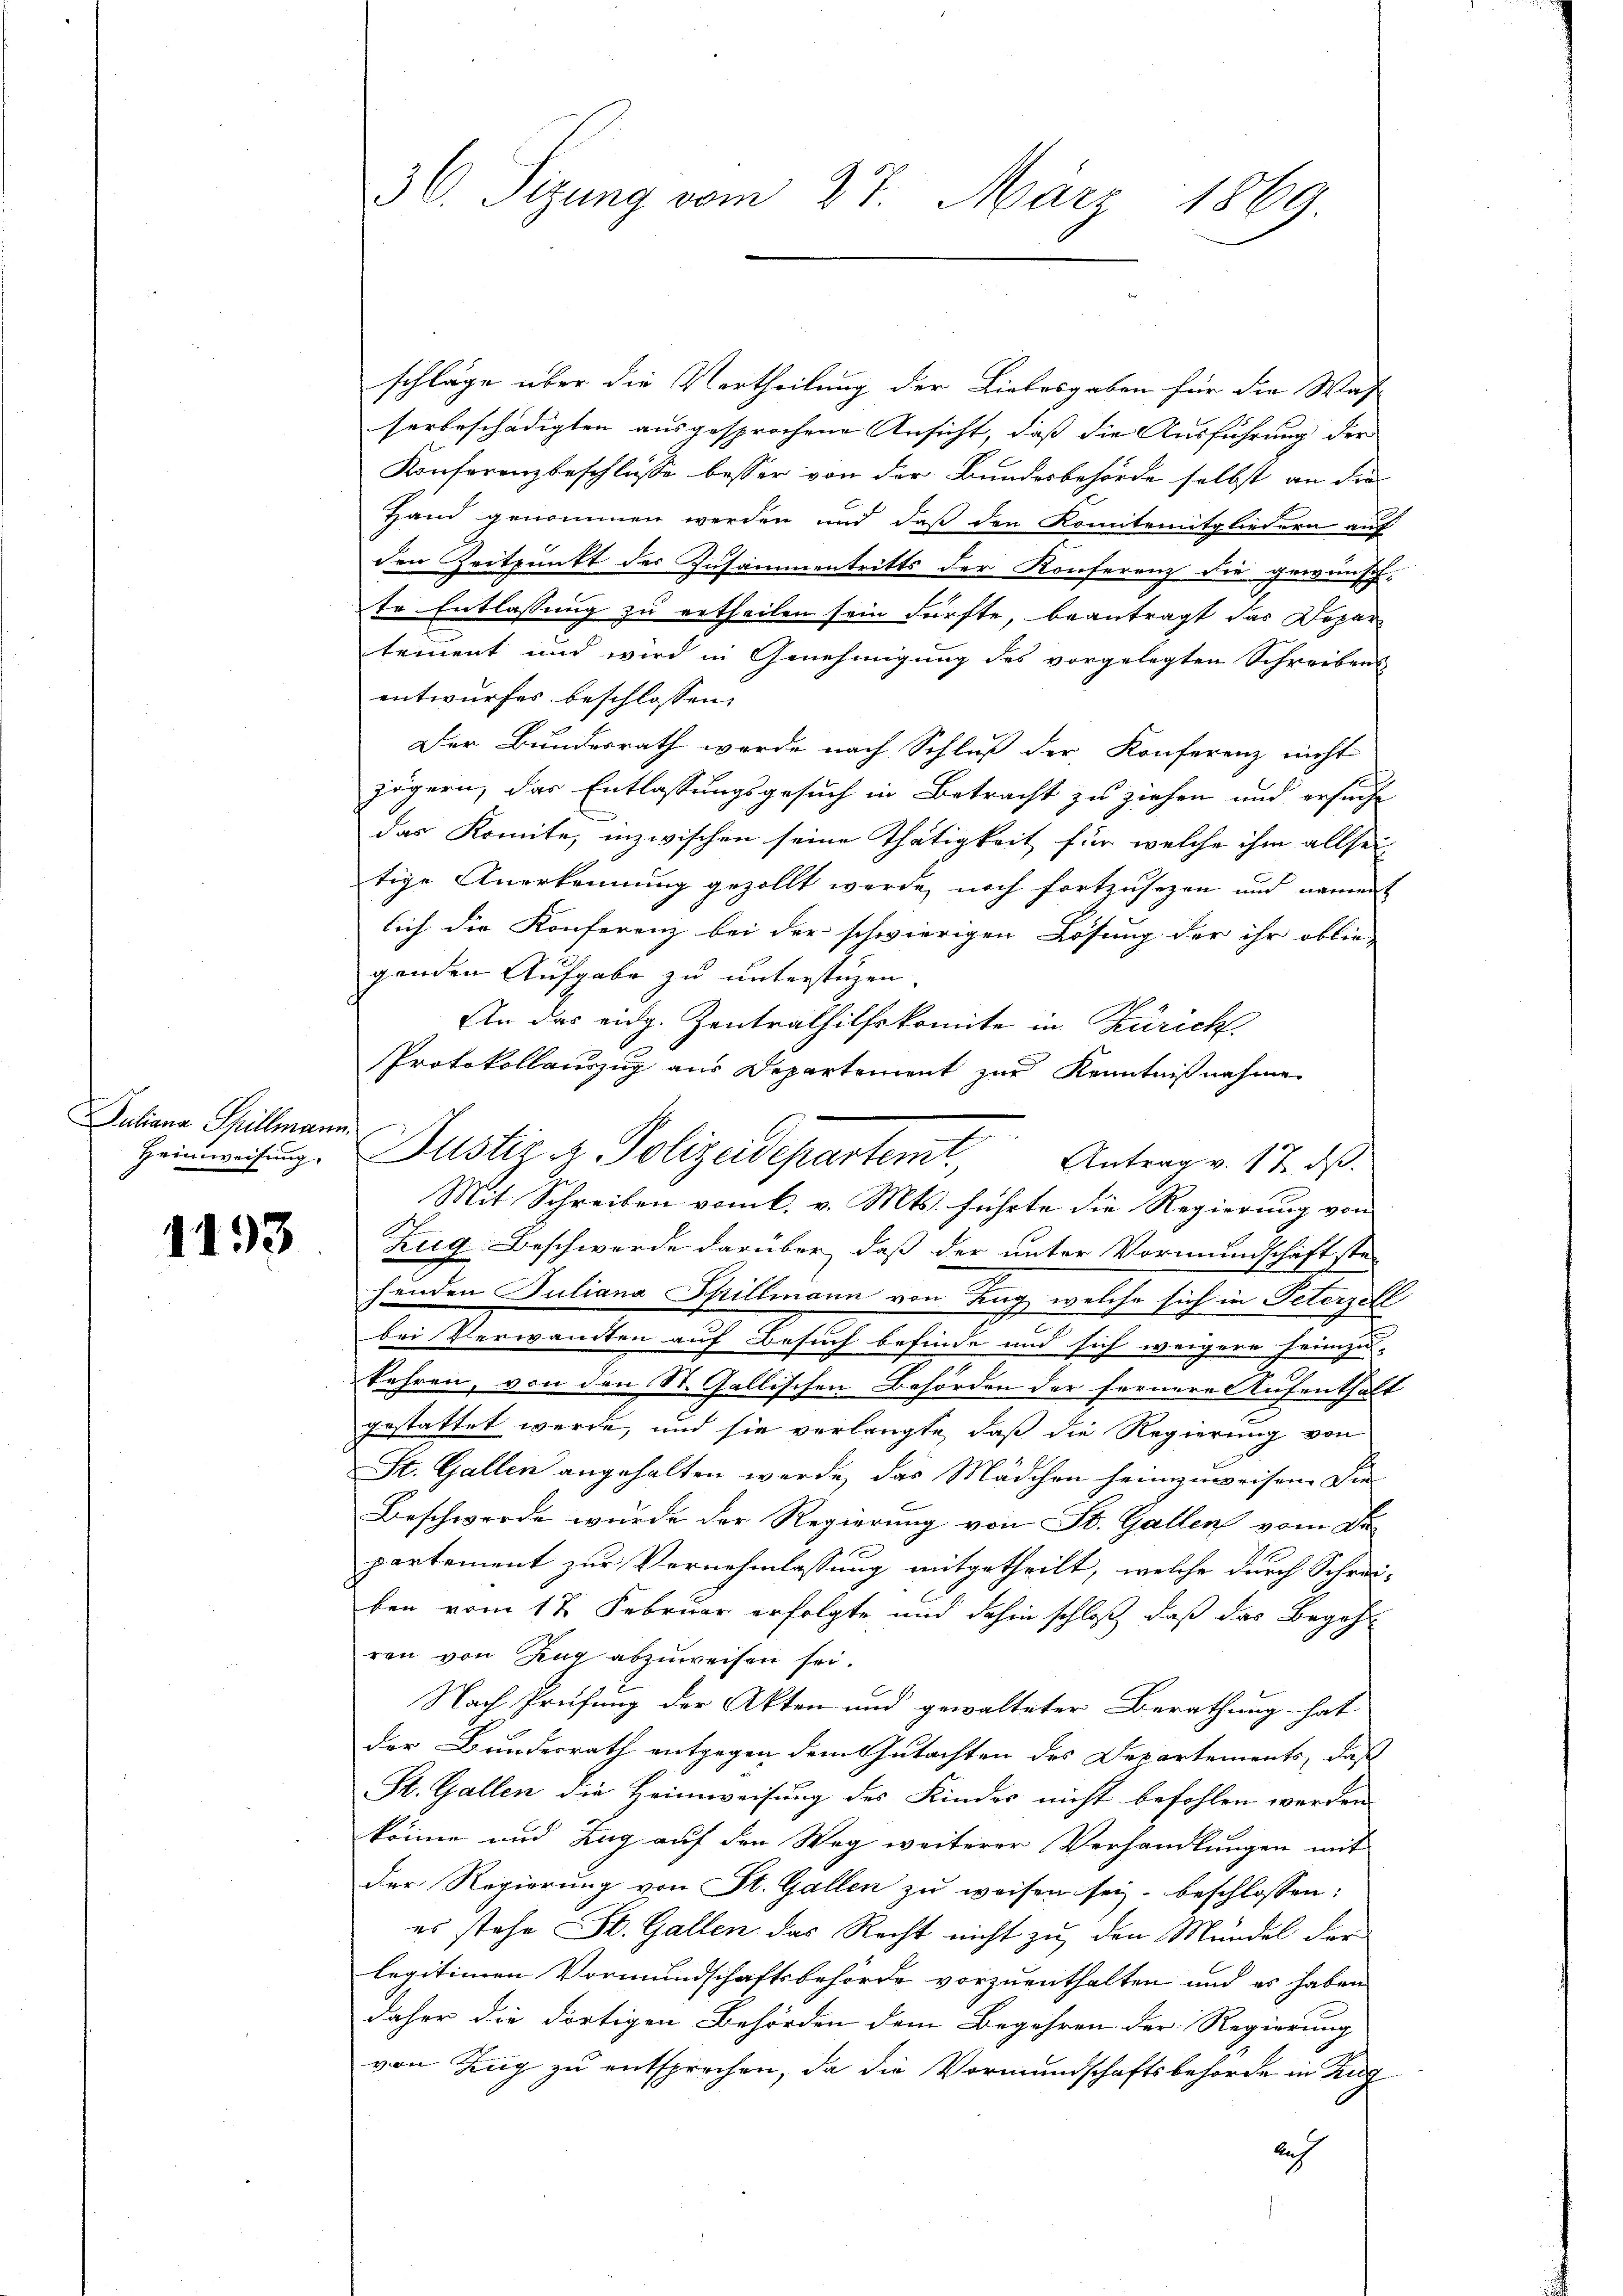
Juliana Spillmann
Heimweisung.

1193

¬
s

30. Sizung vom 27. März 1869

schläge über die Vertheilung der Liebesgaben für die Was-
serbeschädigten ausgesprochene Ansicht, daß die Ausführung der
Konferenzbeschlüsse besser von der Bundesbehörde selbst an die
Hand genommen werden und daß den Komitemitgliedern auf
den Zeitpunkt der Zusammentritts der Konferenz die gewünsch-
te Entlassung zu ertheilen sein dürfte, beantragt das Depar
tement und wird in Genehmigung des vorgelegten Schreibens
entwurfes beschlossen:
Der Bundesrath werde nach Schluß der Konferenz nicht
zögern, das Entlassungsgesuch in Betracht zu ziehen und ersuche
das Komite, inzwischen seine Thätigkeit für welche ihm allsei
tige Anerkennung gezollt werde noch fortzusetzen und nament
lich die Konferenz bei der schwierigen Lösung der ihr oblie-
genden Aufgabe zu unterstüzen.
An das eidg. Zentrathilfskomite in Zürich
Protokollauszug aus Departement zur Kenntnißnahme
Mit Schreiben vom 6. v. Mts. führte die Regierung von
Zug Beschwerde darüber, daß der unter Vormundschaft ste-
henden Juliana Phillmann von Tag, welche sich in Peterzell
bei Verwandten auf Besuch befinde und sich weigere heimzu-
kehren, von den St. Gallischen Behörden der fernere Aufenthalt
gestattet werde, und sie verlangte, daß die Regierung von
St. Gallen angehalten werde, das Mädchen heimzuweisen. Die
Beschwerde wurde der Regierung von St. Gallen vom Dr
partement zur Vernehmlassung mitgetheilt, welche durch Schrei-
ben vom 17. Februar erfolgte und dahin schloß, daß das Begeh-
ren von Zug abzuweisen sei.
Nach Prüfung der Akten und gewalteter Berathung hat
der Bundesrath entgegen dem Gutachten des Departements, dass
St. Gallen die Heimweisung des Kindes nicht befohlen werden
könne und Tag auf den Weg weiterer Verhandlungen mit
der Regierung von St. Gallen zu weisen sey. beschlossen:
es stehe St. Gallen das Recht nicht zu den Mündel der
legitimen Vormundschaftsbehörde vorzuenthalten und er haben
daher die dortigen Behörden dem Begehren der Regierung
von Zug zu entsprechen, da die Vormundschaftsbehörde in Zug
lich

Justiz z. Polizeidepartem Antrag v. 17. dβ.